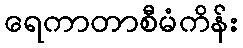
ရေကာတာစီမံကိန်း